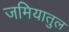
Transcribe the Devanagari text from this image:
जमियातुल